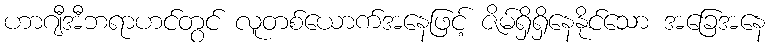
ဟာဂျီအီဘရာဟင်တွင် လူတစ်ယောက်အနေဖြင့် ဇိမ်ရှိရှိနေနိုင်သော အခြေအနေ